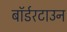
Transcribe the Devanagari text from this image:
बॉर्डरटाउन